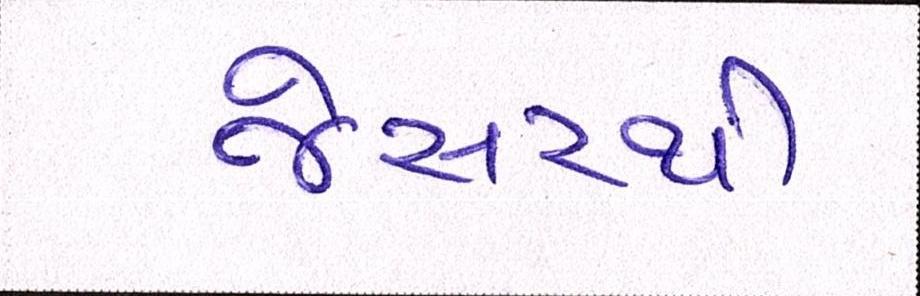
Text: જેસરથી